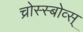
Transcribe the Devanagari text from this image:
च्रोस्स्बोव्स्